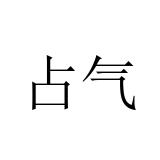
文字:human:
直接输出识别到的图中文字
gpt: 占气